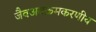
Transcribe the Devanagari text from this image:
जैवअवक्रमकरणीय